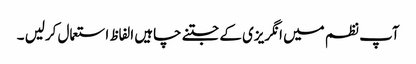
آپ نظم میں انگریزی کے جتنے چاہیں الفاظ استعمال کرلیں ۔